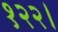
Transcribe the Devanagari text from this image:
१२२।